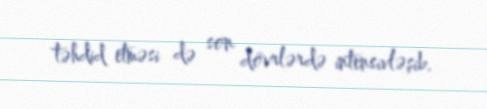
təhdid etməsi də son dövrlərdə intensivləşib.